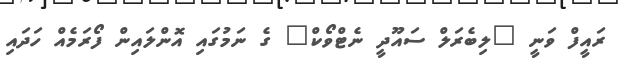
ރައީފް ވަނީ "ލިބެރަލް ސައޫދީ ނެޓްވޯކް" ގެ ނަމުގައި އޮންލައިން ފޯރަމެއް ހަދައި